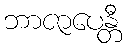
ဘာဇာပေန္တီ